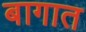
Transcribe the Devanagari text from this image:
बागात